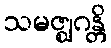
သမဇ္ဈဂန္တိ